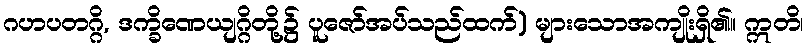
ဂဟပတဂ္ဂိ, ဒက္ခိဏေယျဂ္ဂိတို့၌ ပူဇော်အပ်သည်ထက်) များသောအကျိုးရှိ၏။ ဣတိ၊